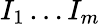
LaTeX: I_{1}\ldots I_{m}